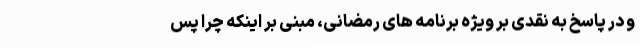
و در پاسخ به نقدی بر ویژه برنامه های رمضانی، مبنی بر اینکه چرا پس